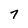
Character: 7